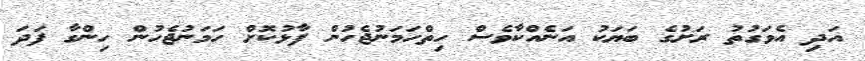
އަދި އެވަގުތު ރަށުގެ ބަޔަކު އަނެއްކާވެސް ހިތްހަމަނުޖެހުން ފާޅުކޮށް ހަމަނުޖެހުން ހިންގާ ފަދަ